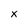
Character: x